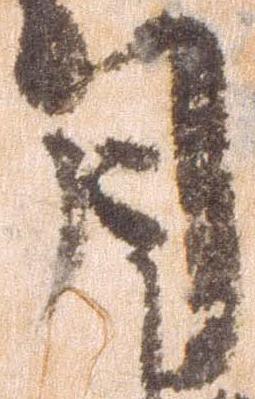
月